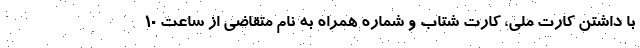
با داشتن کارت ملی، کارت شتاب و شماره همراه به نام متقاضی از ساعت ۱۰